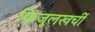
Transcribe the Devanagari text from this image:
फ़िजूलखर्ची